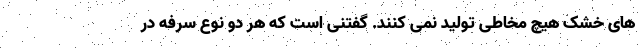
های خشک هیچ مخاطی تولید نمی کنند. گفتنی است که هر دو نوع سرفه در